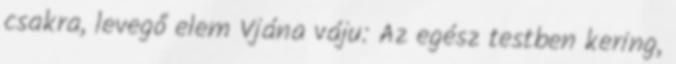
csakra, levegő elem Vjána váju: Az egész testben kering,